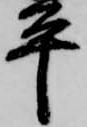
平